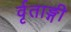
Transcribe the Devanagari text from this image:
र्वृताङ्गी